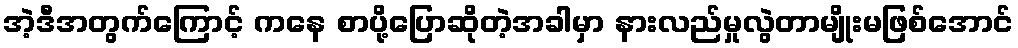
အဲ့ဒီအတွက်ကြောင့် ကနေ စာပို့ပြောဆိုတဲ့အခါမှာ နားလည်မှုလွဲတာမျိုးမဖြစ်အောင်